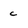
Character: c